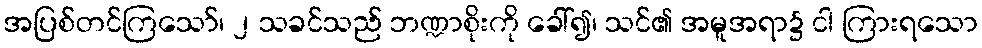
အပြစ်တင်ကြသော်၊ ၂ သခင်သည် ဘဏ္ဍာစိုးကို ခေါ်၍၊ သင်၏ အမူအရာ၌ ငါ ကြားရသော